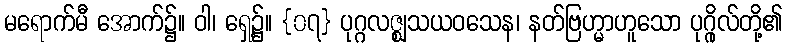
မရောက်မီ အောက်၌။ ဝါ၊ ရှေ့၌။ {၀၇} ပုဂ္ဂလဇ္ဈသယဝသေန၊ နတ်ဗြဟ္မာဟူသော ပုဂ္ဂိုလ်တို့၏